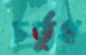
চর্তুথ